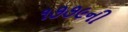
૧૭૭૯ની